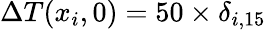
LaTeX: \Delta{T}(x_{i},0)=50\times\delta_{i,15}